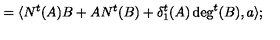
= \langle N ^ { t } ( A ) B + A N ^ { t } ( B ) + \delta _ { 1 } ^ { t } ( A ) \deg ^ { t } ( B ) , a \rangle ;